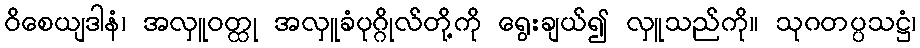
ဝိစေယျဒါနံ၊ အလှူဝတ္ထု အလှူခံပုဂ္ဂိုလ်တို့ကို ရွေးချယ်၍ လှူသည်ကို။ သုဂတပ္ပသဋ္ဌံ၊